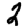
Digit: 2